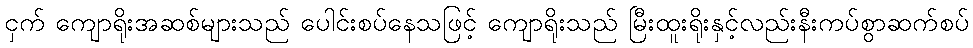
ငှက် ကျောရိုးအဆစ်များသည် ပေါင်းစပ်နေသဖြင့် ကျောရိုးသည် မြီးထူးရိုးနှင့်လည်းနီးကပ်စွာဆက်စပ်